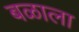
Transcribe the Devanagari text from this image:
बळाला